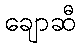
ချောဆီ